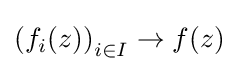
\left(f_{i}(z)\right)_{i\in I}\to f(z)